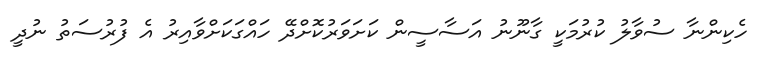
ހެކިންނާ ސުވާލު ކުރުމަކީ ގާނޫނު އަސާސީން ކަށަވަރުކޮށްދޭ ހައްގަކަށްވާއިރު އެ ފުރުސަތު ނުދީ